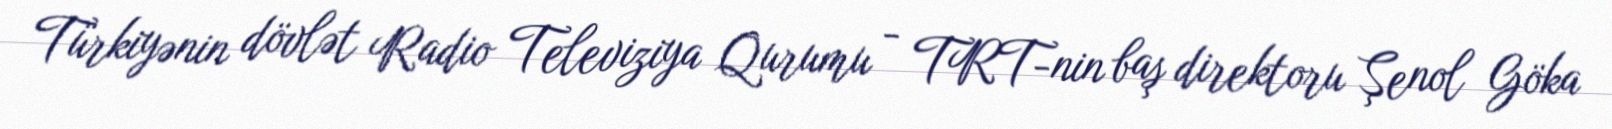
Türkiyənin dövlət Radio Televiziya Qurumu - TRT-nin baş direktoru Şenol Göka